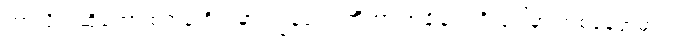
ဘာလို့လဲဆိုတော့ စက္ကန့်တိုင်းမှာ ကျွန်တော်တို့ဟာ အချိန်ဝင်ရိုးပေါ်မှာ တစ်နေရာမှာပဲ